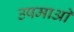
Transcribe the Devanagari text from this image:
उपमाआें